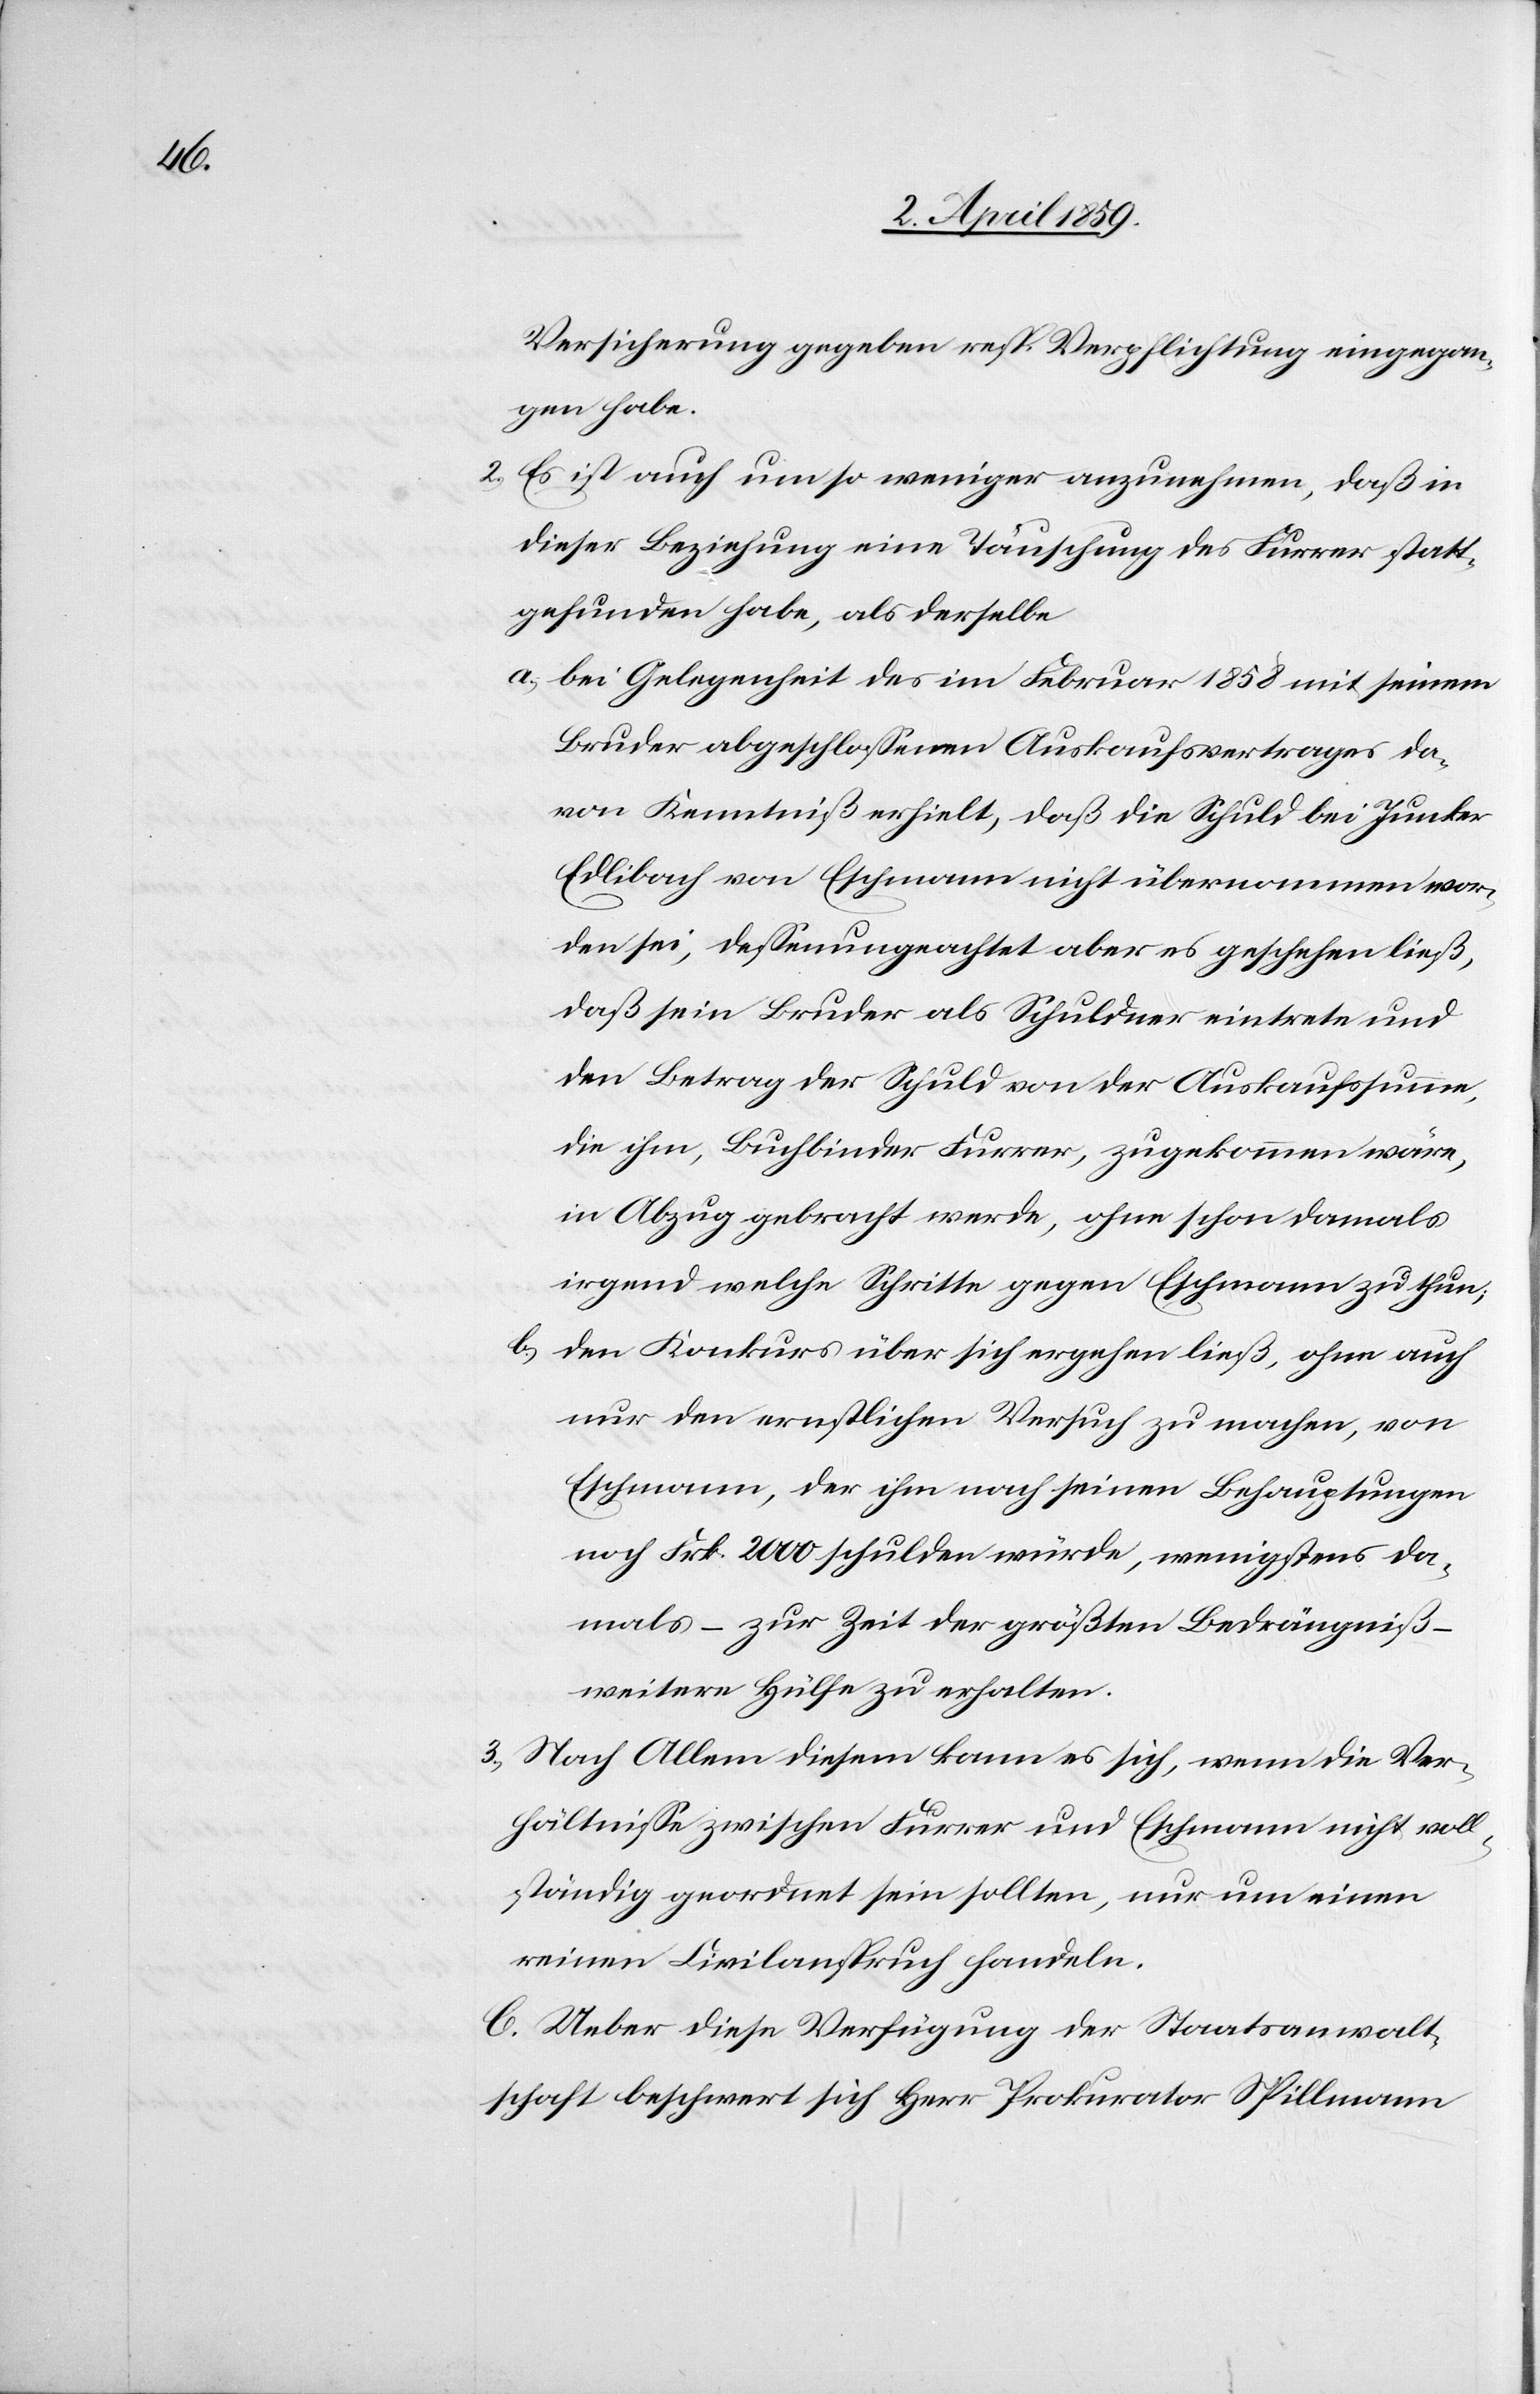
Versicherung gegeben resp. Verpflichtung eingegan¬
gen habe.
2) Es ist auch um so weniger anzunehmen, daß in
dieser Beziehung eine Täuschung des Furrer statt¬
gefunden habe, als derselbe
a) bei Gelegenheit des im Februar 1858 mit seinem
Bruder abgeschloßenen Auskaufsvertrages da¬
von Kenntniß erhielt, daß die Schuld bei Junker
Edlibach von Eschmann nicht übernommen wor¬
den sei, deßenungeachtet aber es geschehen ließ,
daß sein Bruder als Schuldner eintrete und
den Betrag der Schuld von der Auskaufssumme,
die ihm, Buchbinder Furrer, zugekommen wäre,
in Abzug gebracht werde, ohne schon damals
irgend welche Schritte gegen Eschmann zu thun;
den Konkurs über sich ergehen ließ, ohne auch
nur den ernstlichen Versuch zu machen, von
Eschmann, der ihm nach seinen Behauptungen
noch Frk. 2000 schulden würde, wenigstens da¬
mals – zur Zeit der größten Bedrängniß –
weitere Hülfe zu erhalten.
Nach Allem diesem kann es sich, wenn die Ver¬
hältniße zwischen Furrer und Eschmann nicht voll¬
ständig geordnet sein sollten, nur um einen
reinen Civilanspruch handeln.
C. Ueber diese Verfügung der Staatsanwalt¬
schaft beschwert sich Herr Prokurator Spillmann